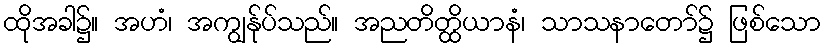
ထိုအခါ၌။ အဟံ၊ အကျွန်ုပ်သည်။ အညတိတ္ထိယာနံ၊ သာသနာတော်၌ ဖြစ်သော